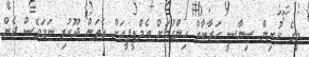
މީގެ ކުރިން ސިޔާސީ ހަރާކާތް ހިންގުމަށް އެމްޑީޕީއަށް އެތަން ދޫކުރި ނަމަވެސް ދެން